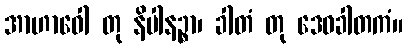
အာဟာဝေါ တု နိပါနဉ္စာ၊ ခါတံ တု ဒေဝခါတကံ။